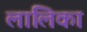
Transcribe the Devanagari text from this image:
लालिका